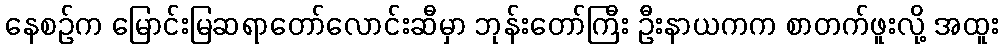
နေစဉ်က မြောင်းမြဆရာတော်လောင်းဆီမှာ ဘုန်းတော်ကြီး ဦးနာယကက စာတက်ဖူးလို့ အထူး